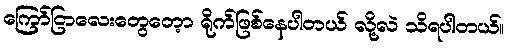
ကြော်ငြာလေးတွေတေ့ာ ရိုက်ဖြစ်နေပါတယ် လို့လဲ သိရပါတယ်။